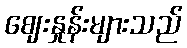
ဈေးနှုန်းများသည်